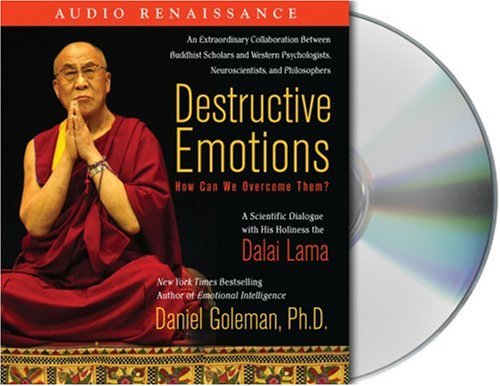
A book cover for Destructive Emotions: How Can We Overcome Them?: A Scientific Dialogue with the Dalai Lama; Daniel Goleman; Religion & Spirituality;